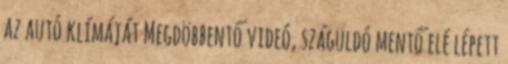
az autó klímáját Megdöbbentő videó, száguldó mentő elé lépett